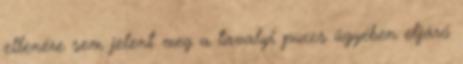
ellenére sem jelent meg a tavalyi puccs ügyében eljáró